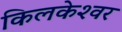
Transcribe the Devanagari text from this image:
किलकेश्‍वर